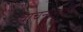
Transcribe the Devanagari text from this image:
वाचनसाठी